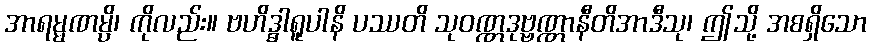
အာရမ္မဏမ္ပိ၊ ကိုလည်း။ ဗဟိဒ္ဓါရူပါနိ ပဿတိ သုဝဏ္ဏဒုဗ္ဗဏ္ဏာနီတိအာဒီသု၊ ဤသို့ အစရှိသော